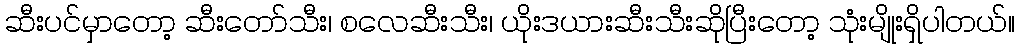
ဆီးပင်မှာတော့ ဆီးတော်သီး၊ စလေဆီးသီး၊ ယိုးဒယားဆီးသီးဆိုပြီးတော့ သုံးမျိုးရှိပါတယ်။